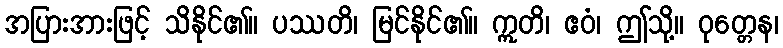
အပြားအားဖြင့် သိနိုင်၏။ ပဿတိ၊ မြင်နိုင်၏။ ဣတိ၊ ဧဝံ၊ ဤသို့။ ဝုတ္တေန၊